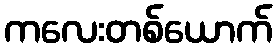
ကလေးတစ်ယောက်